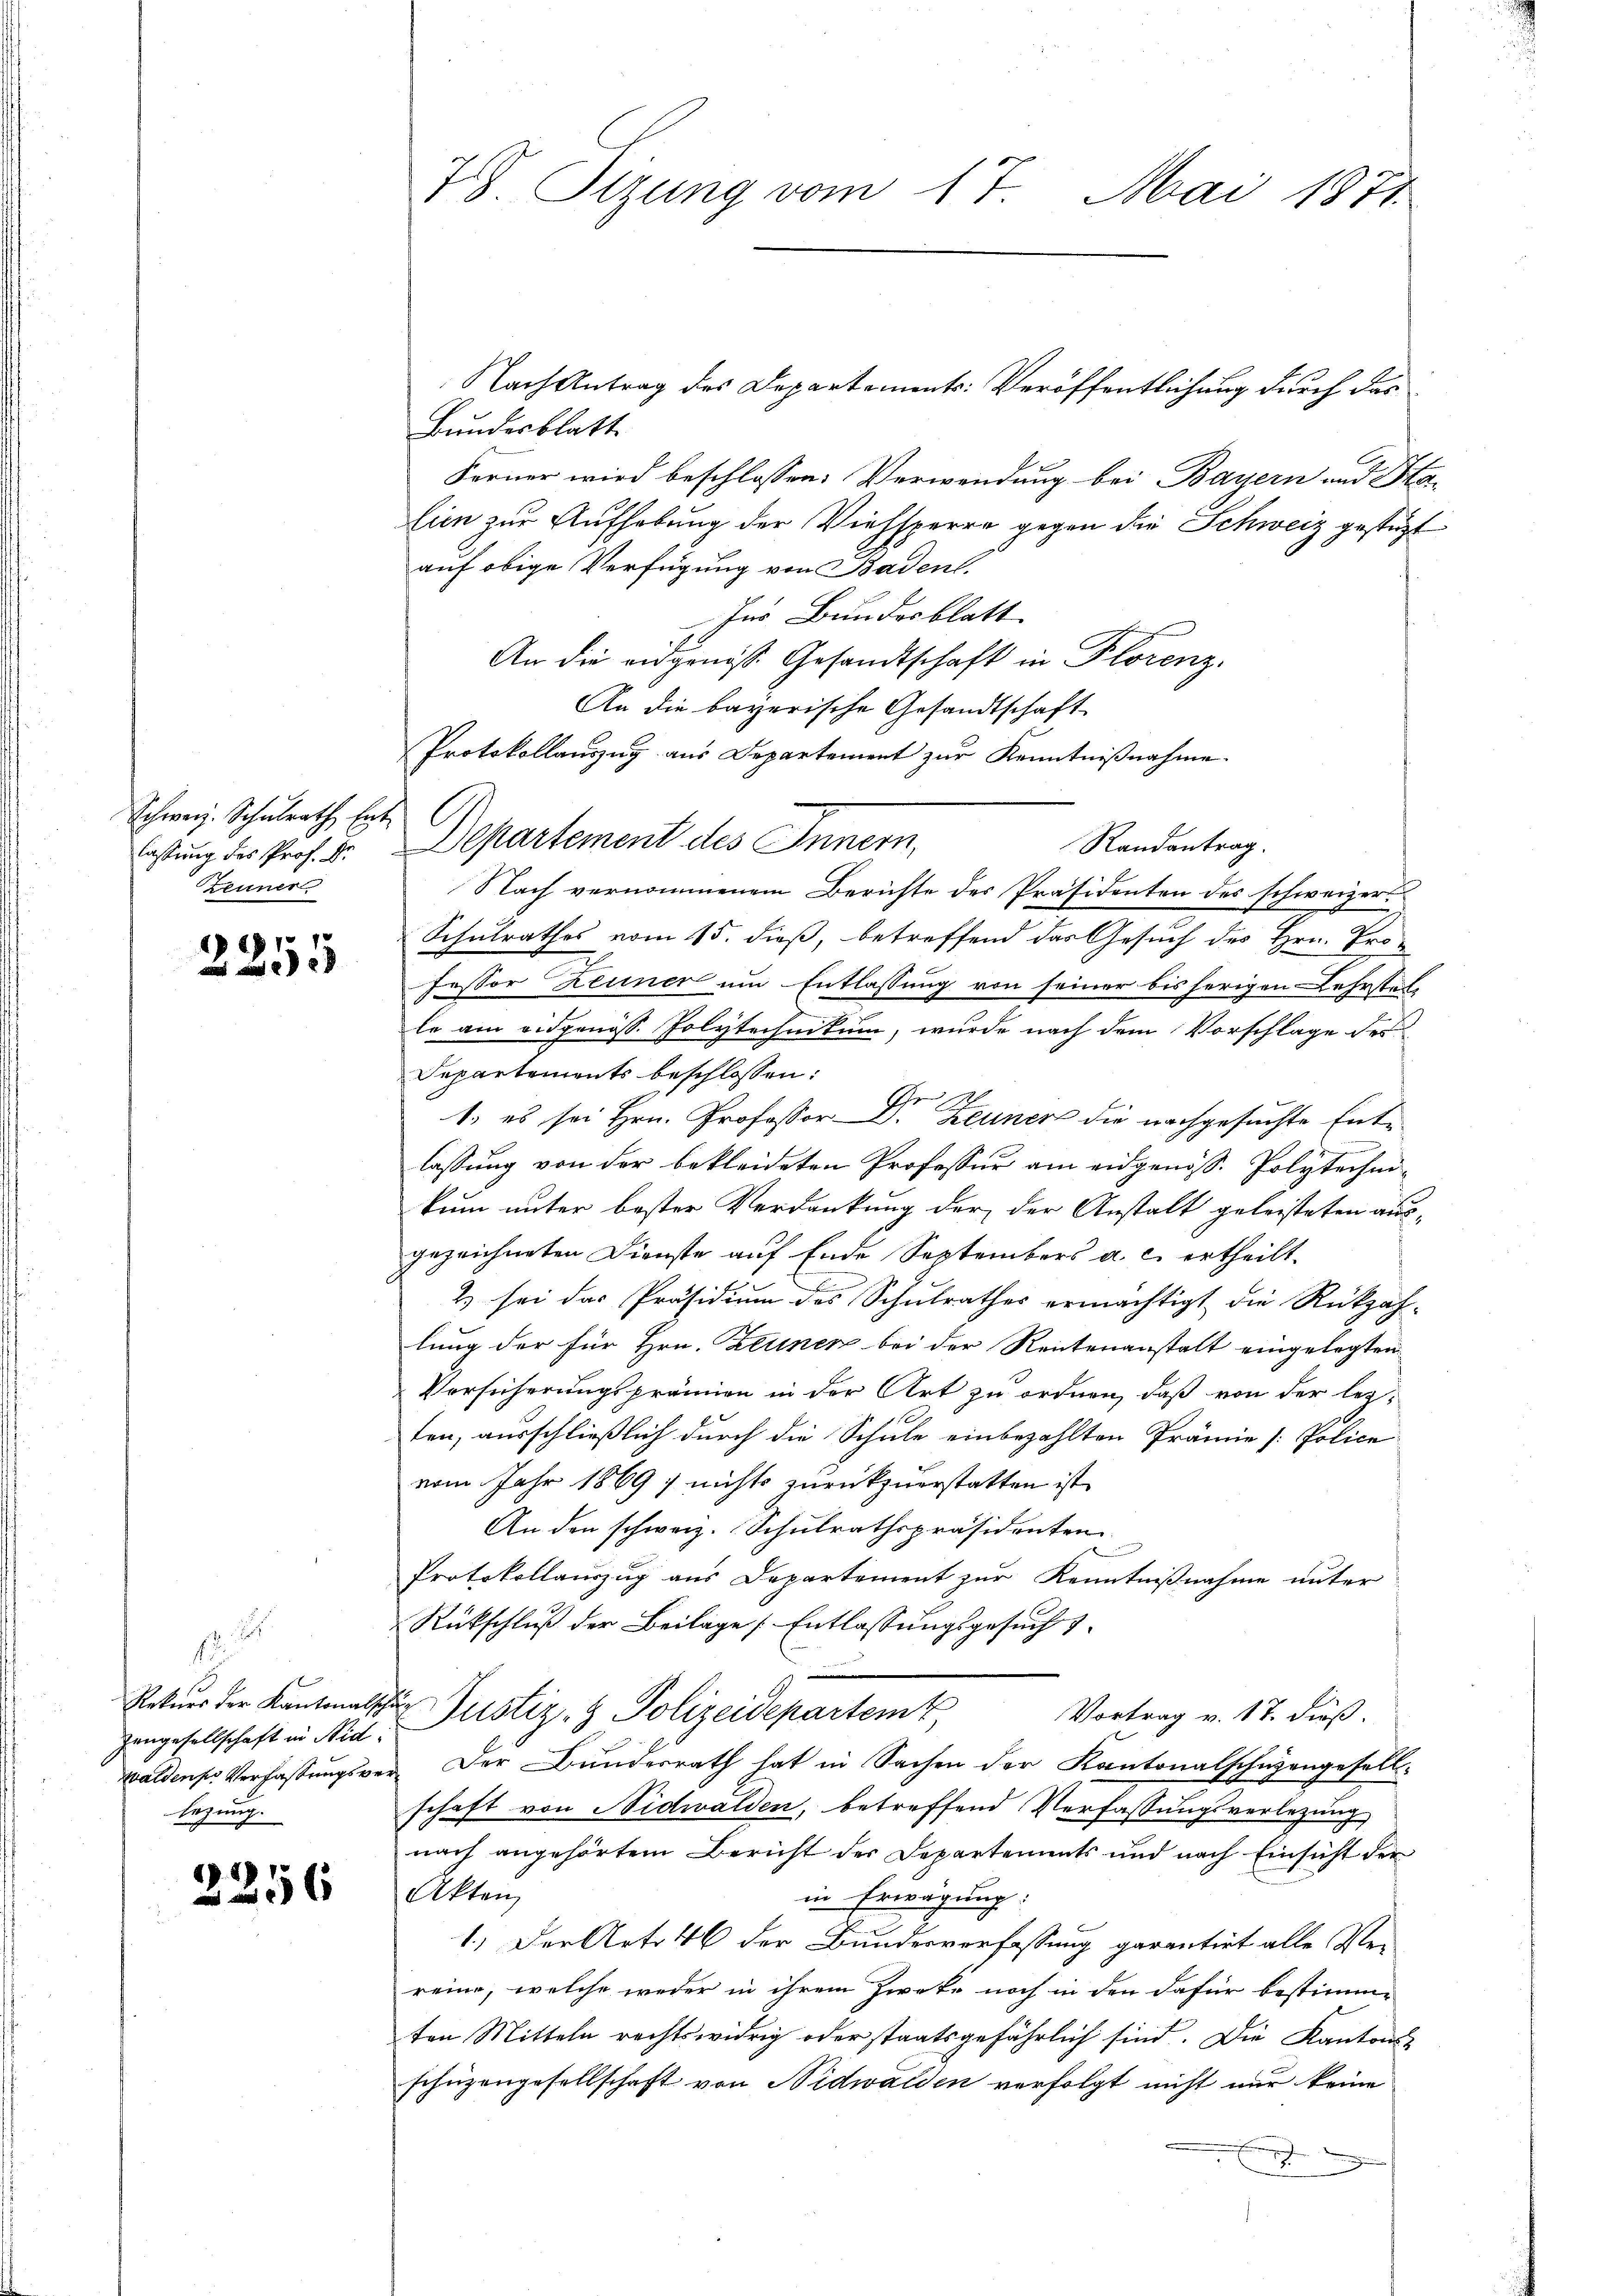
Schweiz. Schulrath Ent-
Zeuner

7
2290

e
f
Hangesellschaft in Nid
sezung.

2256

7 Sizung vom 17. Mai 1871

Nach Antrag des Departements: Veröffentlichung durch das
Bundesblatt
Ferner wird beschlossen: Verwendung bei Bayern und Ha-
lien zur Aufhebung der Viehsperre gegen die Schweiz gestüzt
auf obige Verfügung von Badenl.
Ins Bundesblatt |
An die eidgenöss. Gesandtschaft in Florenz.
Randantrag.
Nach vernommenem Berichte des Präsidenten des schweizer
Schulrathes vom 15. dieß, betreffend das Gesuch des Hrn. Pro-
fessor Zeuner um Entlassung von seiner bis herigen Lehrstel-
le am eidgenöss. Polytechnikum, wurde nach dem Vorschlage der
Departements beschlossen:
1., es sei Hrn. Professor Dr Zeuner die nachgesuchte Entlassung von der bekleideten Professur am eidgenöss. Polytechnikum unter bester Verdankung der der Anstalt geleisteten ausgezeichneten Dienste auf Ende Septembers a. c. ertheilt.
2) sei das Präsidium des Schulrathes ermächtigt, die Rückzah-
lung der für Hrn. Zeunen bei der Rentenanstalt eingelegten
Vorsicherungsprämien in der Art zu ordnen, daß von der leiten, ausschließlich durch die Schule einbezahlten Prämie [Police
vom Jahr 1869] nichts zurückzuerstatten ist,
An den schweiz. Schulrathspräsidenten
Protokollauszug aus Departement zur Kenntnißnahme unter
Rückschluß der Beilage Entlassungsgesuch
Rekurs der Kantonalsche Justiz- & Polizeidepartem
Vortrag v. 17. dieß.
waldens Verfaßungsver- Der Bunderrath hat in Sachen der Kantonalschüzengesellschaft von Nidwalden, betreffend Verfassungsverlegung
nach angehörtem Bericht der Departements und nach Einsicht der
Akten
in Erwägung:
1.) Der Art. 46 der Bundesverfassung garantirt alle Ver-
reine, welche weder in ihrem Zwecke noch in den dafür bestimm-
ten Mitteln rechtswidrig oder staatsgefährlich sind. Die Kantons-
schüzengesellschaft von Nidwalden verfolgt nicht nur keine
.

An die bayerische Gesandtschaft
Protokollauszug aus Departement zur Kenntniβnahme.
.
lastung des Prof. B. Departement des Innern,